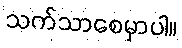
သက်သာစေမှာပါ။